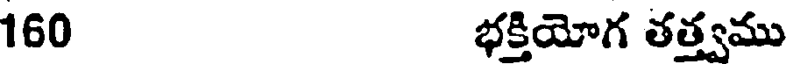
160 భక్తియోగ తత్త్వము